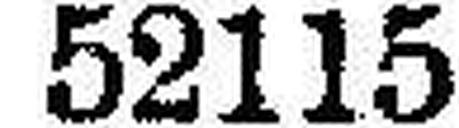
52115